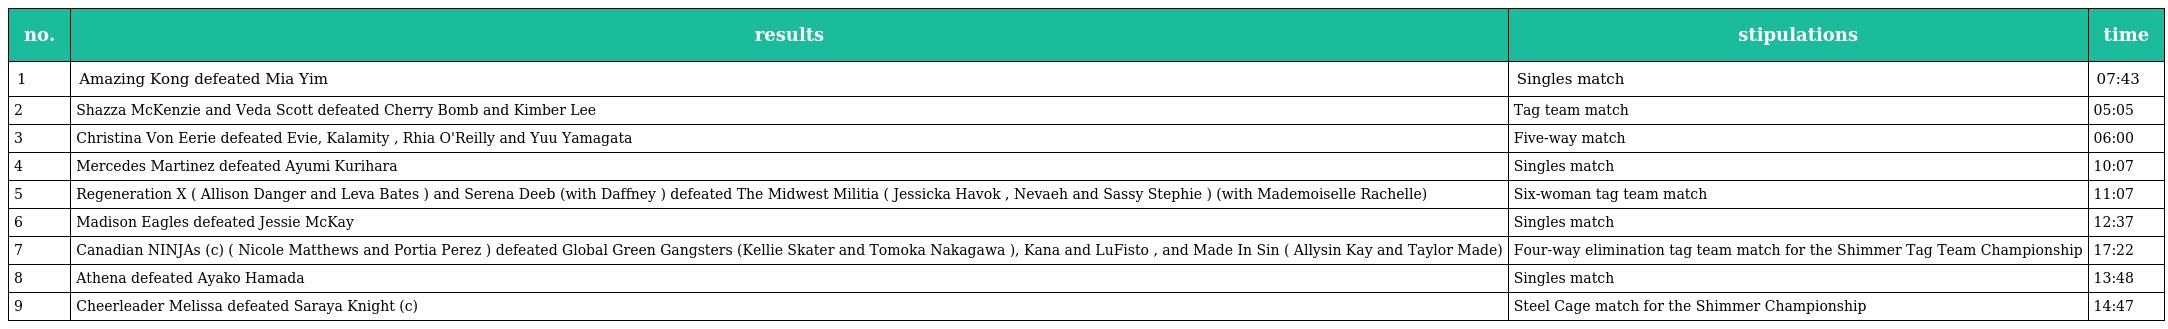
| no. | results | stipulations | time |
 | --- | --- | --- | --- |
 | 1 | Amazing Kong defeated Mia Yim | Singles match | 07:43 |
 | 2 | Shazza McKenzie and Veda Scott defeated Cherry Bomb and Kimber Lee | Tag team match | 05:05 |
 | 3 | Christina Von Eerie defeated Evie, Kalamity , Rhia O'Reilly and Yuu Yamagata | Five-way match | 06:00 |
 | 4 | Mercedes Martinez defeated Ayumi Kurihara | Singles match | 10:07 |
 | 5 | Regeneration X ( Allison Danger and Leva Bates ) and Serena Deeb (with Daffney ) defeated The Midwest Militia ( Jessicka Havok , Nevaeh and Sassy Stephie ) (with Mademoiselle Rachelle) | Six-woman tag team match | 11:07 |
 | 6 | Madison Eagles defeated Jessie McKay | Singles match | 12:37 |
 | 7 | Canadian NINJAs (c) ( Nicole Matthews and Portia Perez ) defeated Global Green Gangsters (Kellie Skater and Tomoka Nakagawa ), Kana and LuFisto , and Made In Sin ( Allysin Kay and Taylor Made) | Four-way elimination tag team match for the Shimmer Tag Team Championship | 17:22 |
 | 8 | Athena defeated Ayako Hamada | Singles match | 13:48 |
 | 9 | Cheerleader Melissa defeated Saraya Knight (c) | Steel Cage match for the Shimmer Championship | 14:47 |